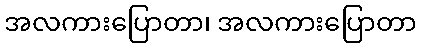
အလကားပြောတာ၊ အလကားပြောတာ